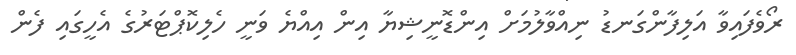
ރޯވެފައިވާ އަލިފާންގަނޑު ނިއްވާލުމަށް އިންޑޮނީޝިޔާ އިން އިއްޔެ ވަނީ ހެލިކޮޕްޓަރުގެ އެހީގައި ފެން